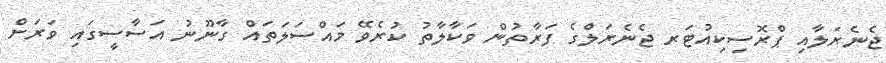
ޖެނެރަލާއި ޕްރޮސިކިއުޓަރ ޖެނެރަލްގެ ފަރާތުން ވަކާލާތު ކުރެވޭ މައްސަލަތައް ގާނޫނު އަސާސީގައި ވަރަށް